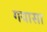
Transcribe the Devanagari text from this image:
गयासा